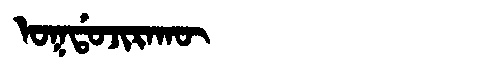
Manchu: ᠣᡴᡩᠣᠵᡳᡵᠠᡴᡡ
Romanization: OKDOJIRAKŪ